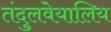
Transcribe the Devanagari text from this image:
तंदुलवेयालिय